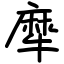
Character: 犘